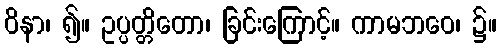
ဝိနာ၊ ၍။ ဥပ္ပတ္တိတော၊ ခြင်းကြောင့်။ ကာမဘဝေ၊ ၌။